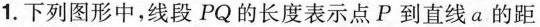
1.下列图形中，线段PQ的长度表示点P到直线a的距